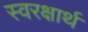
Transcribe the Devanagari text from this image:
स्वरक्षार्थ